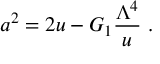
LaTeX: a ^ { 2 } = 2 u - G _ { 1 } { \frac { \Lambda ^ { 4 } } { u } } \ .